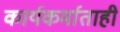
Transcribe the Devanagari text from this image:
कार्यकर्माताही